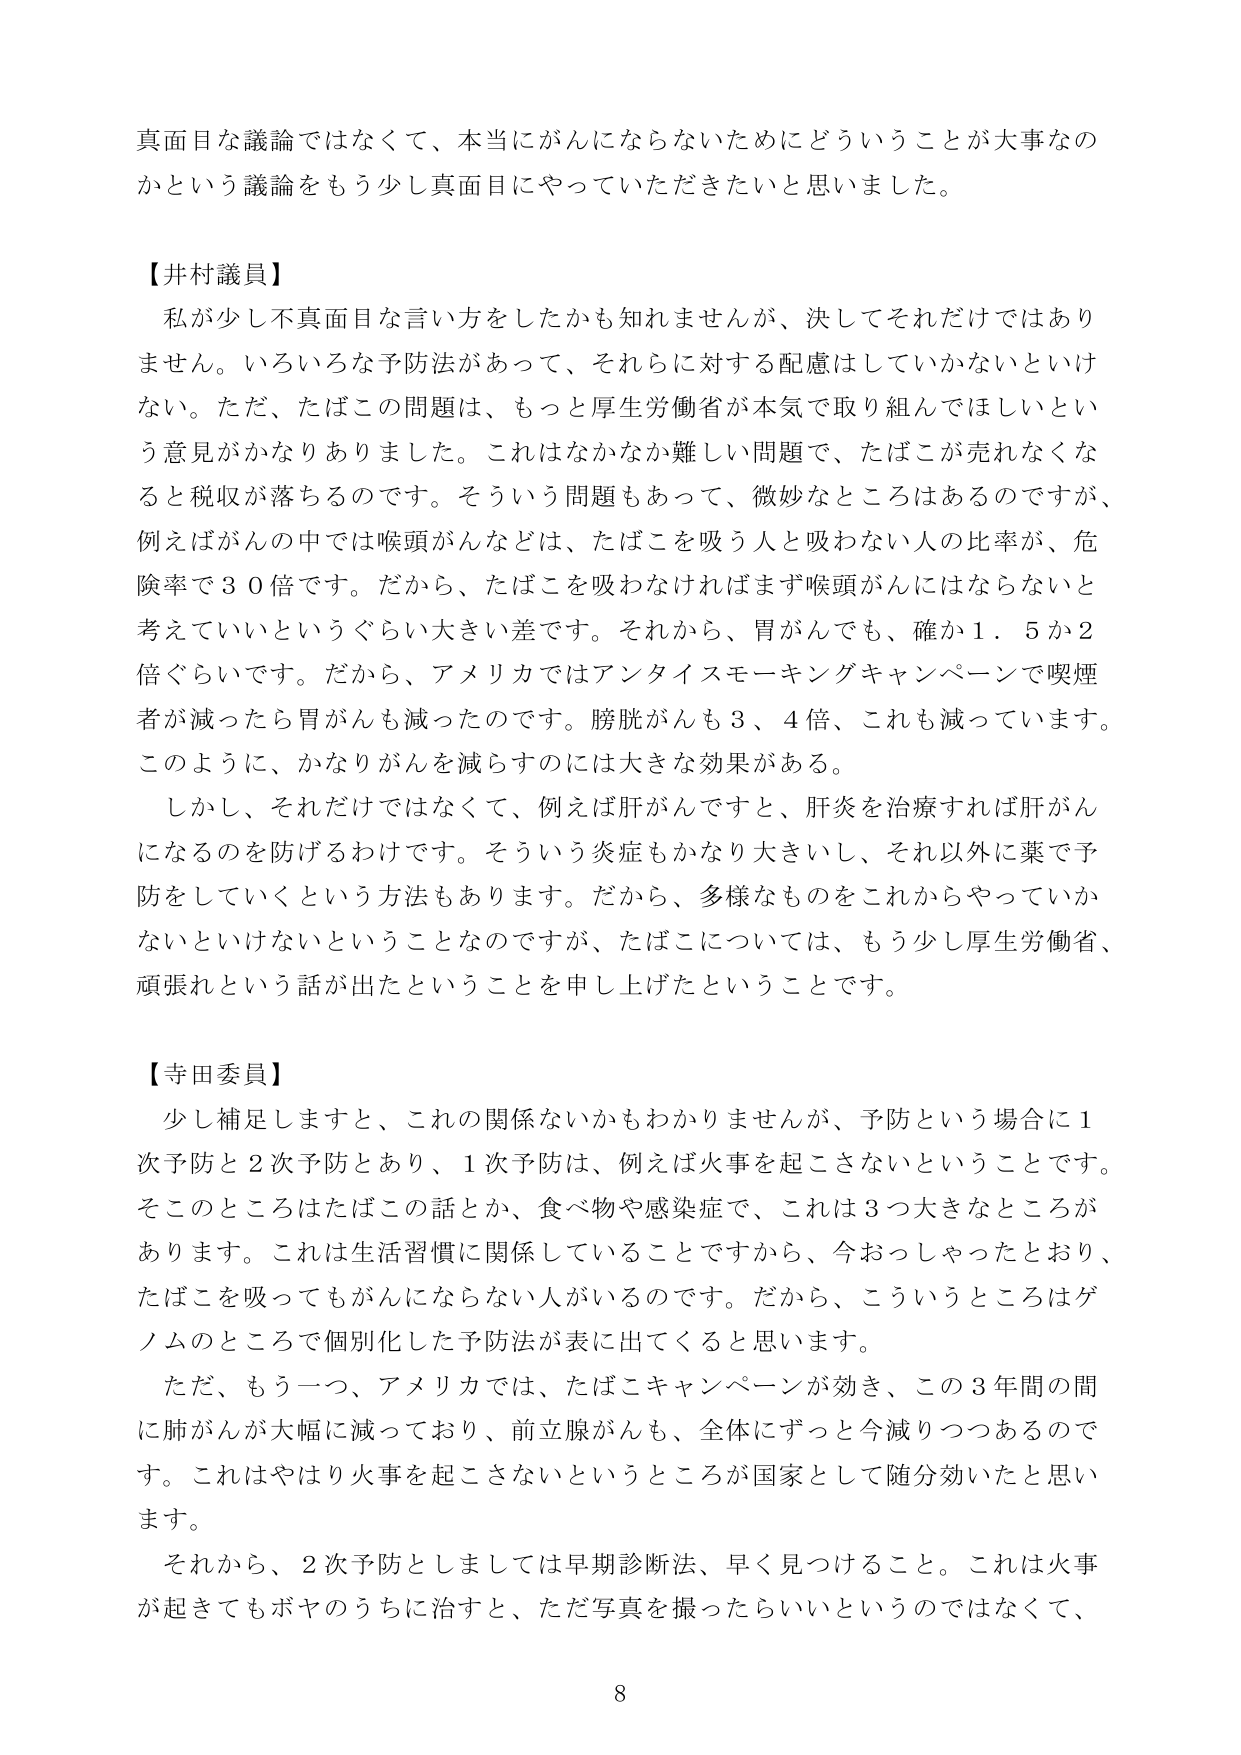
真面目な議論ではなくて、本当にがんにならないためにどういうことが大事なのかという議論をもう少し真面目にやっていただきたいと思いました。

【井村議員】
私が少し不真面目な言い方をしたかも知れませんが、決してそれだけではありません。いろいろな予防法があって、それらに対する配慮はしていかないといけない。ただ、たばこの問題は、もっと厚生労働省が本気で取り組んでほしいという意見がかなりありました。これはなかなか難しい問題で、たばこが売れなくなると税収が落ちるのです。そういう問題もあって、微妙なところはあるのですが、例えばがんの中では喉頭がんなどは、たばこを吸う人と吸わない人の比率が、危険率で３０倍です。だから、たばこを吸わなければまず喉頭がんにはならないと考えていいというぐらい大きい差です。それから、胃がんでも、確か１．５か２倍ぐらいです。だから、アメリカではアンタイスモーキングキャンペーンで喫煙者が減ったら胃がんも減ったのです。膀胱がんも３、４倍、これも減っています。このように、かなりがんを減らすのには大きな効果がある。
しかし、それだけではなくて、例えば肝がんですと、肝炎を治療すれば肝がんになるのを防げるわけです。そういう炎症もかなり大きいし、それ以外に薬で予防をしていくという方法もあります。だから、多様なものをこれからやっていかないといけないということなのですが、たばこについては、もう少し厚生労働省、頑張れという話が出たということを申し上げたということです。

【寺田委員】
少し補足しますと、これの関係ないかもわかりませんが、予防という場合に１次予防と２次予防とあり、１次予防は、例えば火事を起こさないということです。そこのところはたばこの話とか、食べ物や感染症で、これは３つ大きなところがあります。これは生活習慣に関係していることですから、今おっしゃったとおり、たばこを吸ってもがんにならない人がいるのです。だから、こういうところはゲノムのところで個別化した予防法が表に出てくると思います。
ただ、もう一つ、アメリカでは、たばこキャンペーンが効き、この３年間の間に肺がんが大幅に減っており、前立腺がんも、全体にずっと今減りつつあるのです。これはやはり火事を起こさないというところが国家として随分効いたと思います。
それから、２次予防としましては早期診断法、早く見つけること。これは火事が起きてもボヤのうちに治すと、ただ写真を撮ったらいいというのではなくて、

8